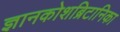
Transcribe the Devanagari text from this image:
ज्ञानकोशब्रिटानिका